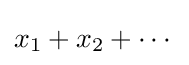
x_{1}+x_{2}+\cdots